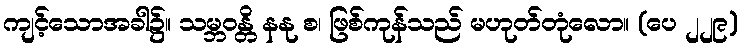
ကျင့်သောအခါ၌။ သမ္ဘဝန္တိ နနု စ၊ ဖြစ်ကုန်သည် မဟုတ်တုံလော။ (ပေ ၂၂၉)